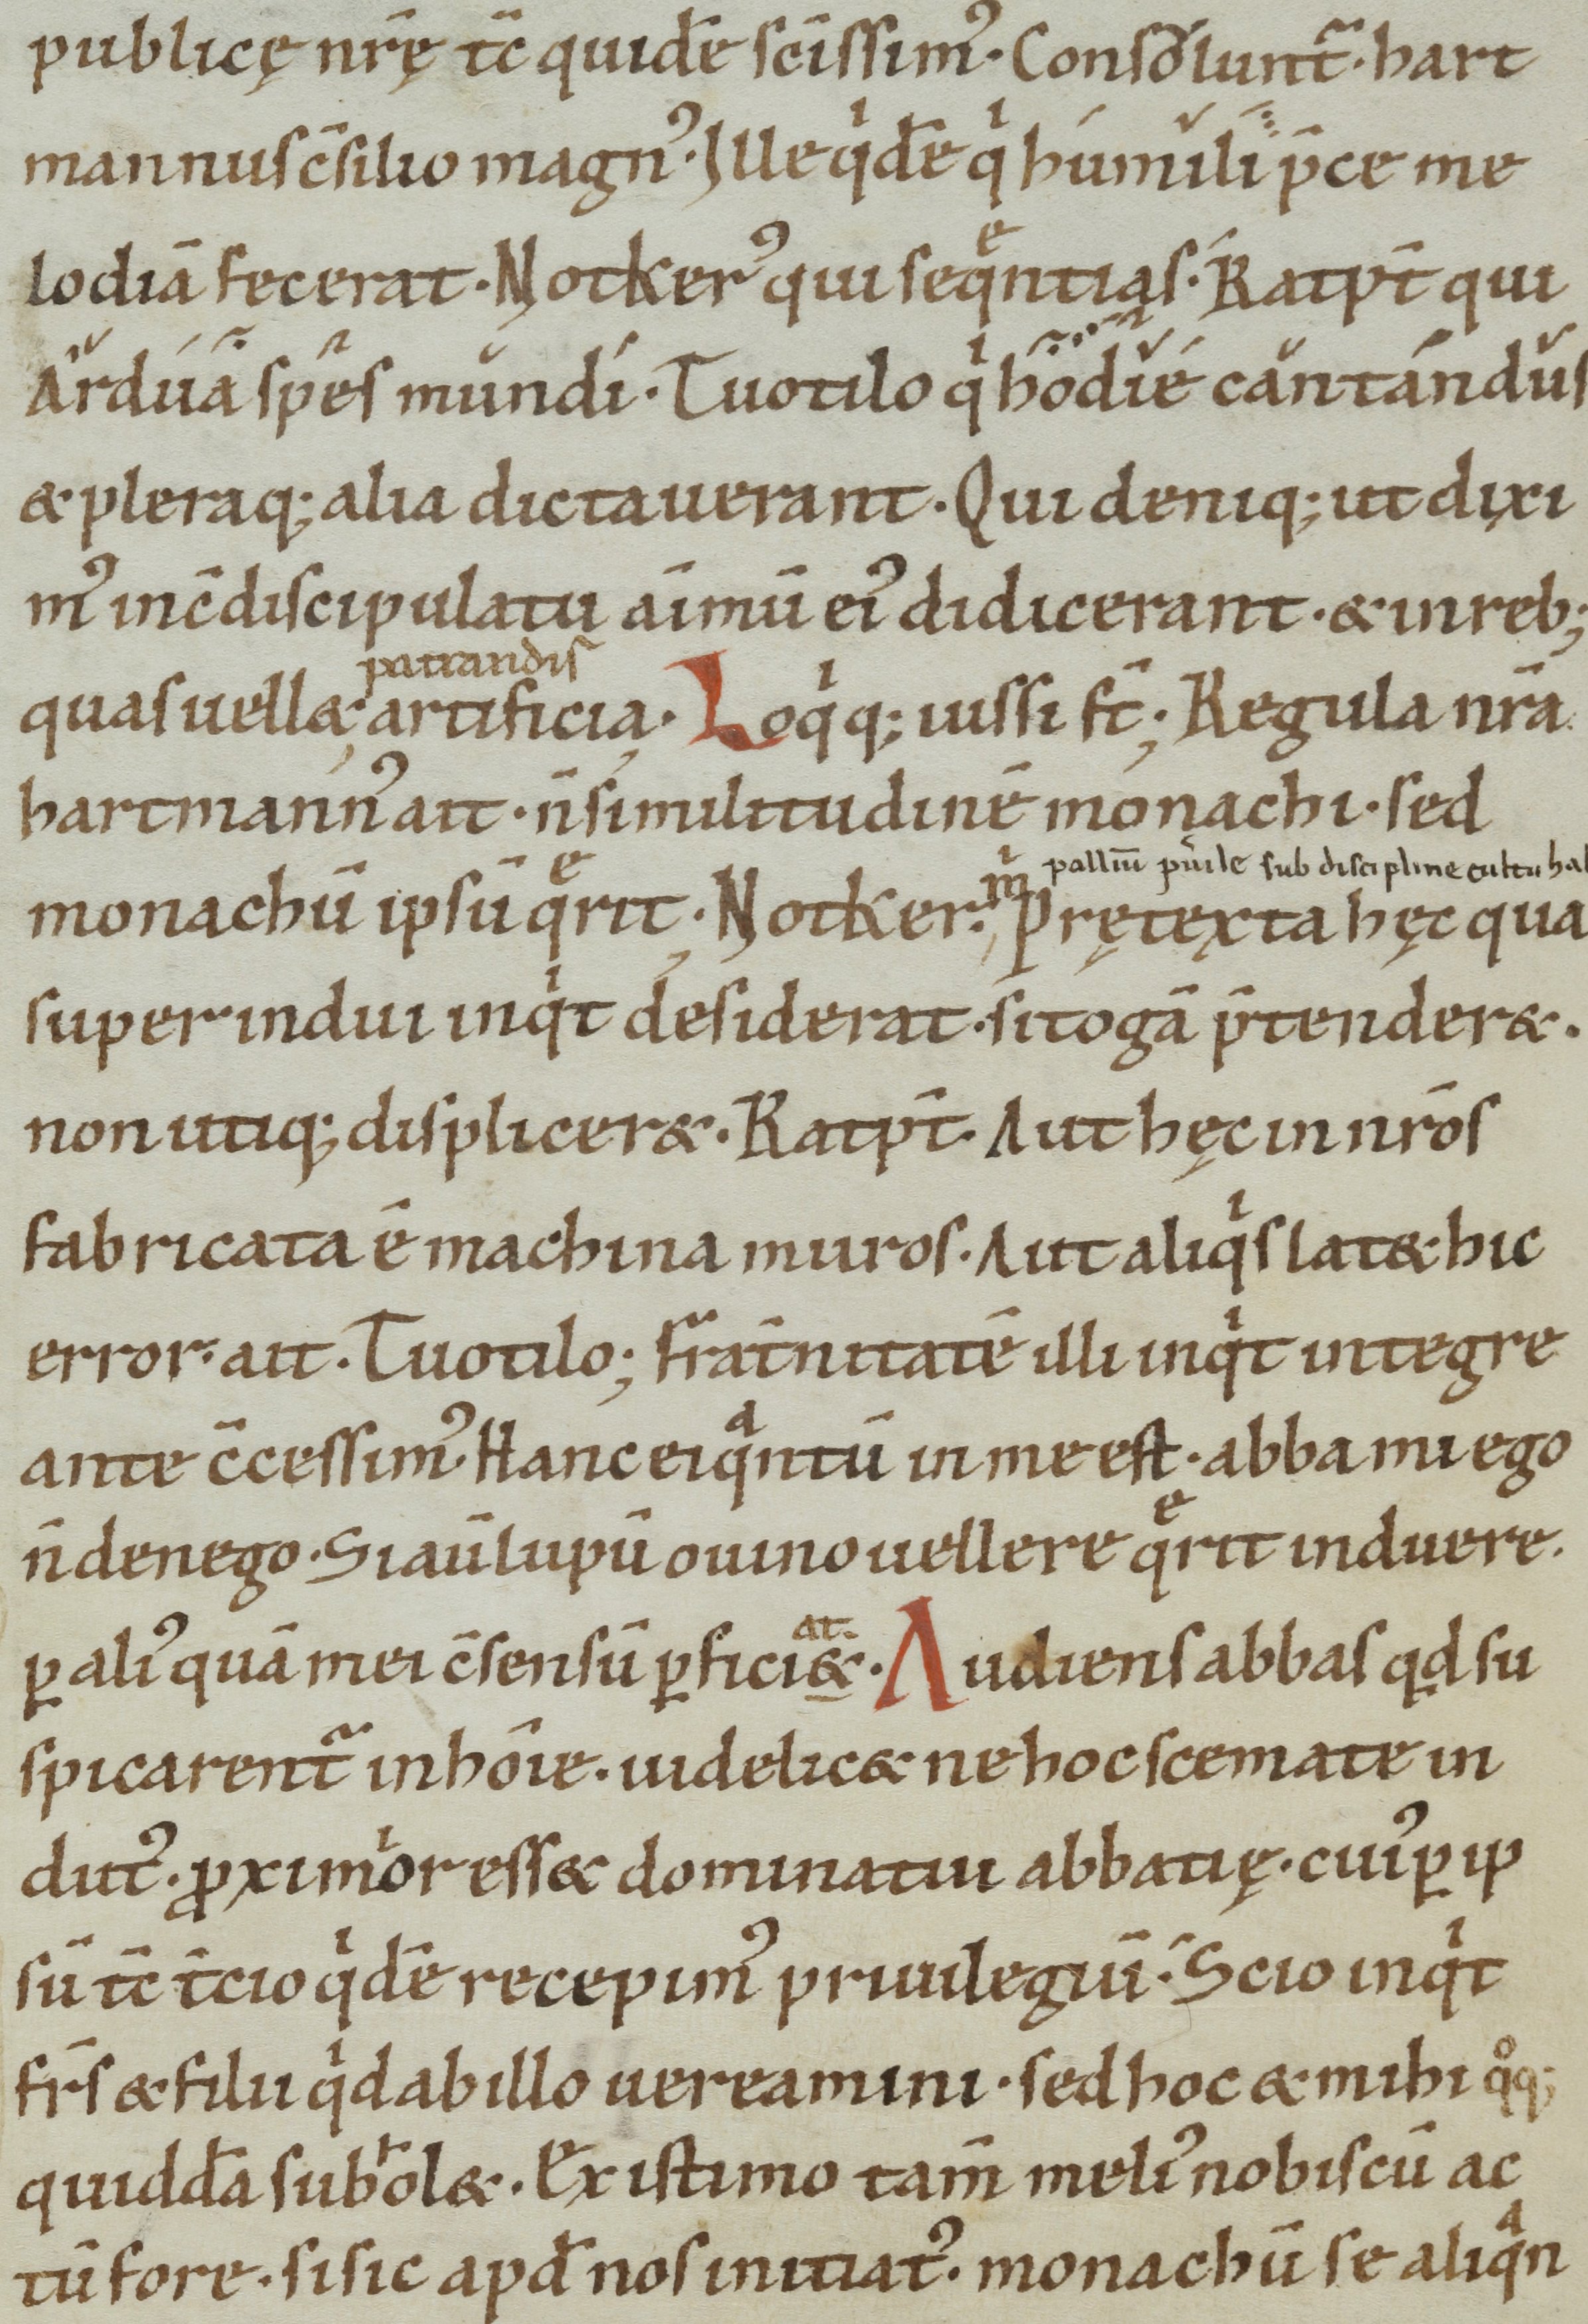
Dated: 1100–1199